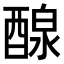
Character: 𨡹